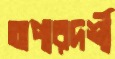
অপারদর্শী